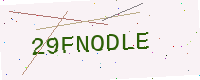
Text: 29FNODLE